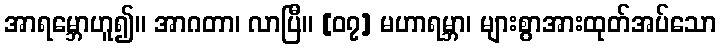
အာရမ္ဘောဟူ၍။ အာဂတာ၊ လာပြီ။ [၀၇] မဟာရမ္ဘာ၊ များစွာအားထုတ်အပ်သော